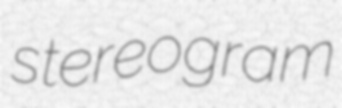
stereogram